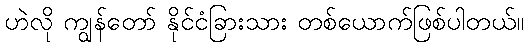
ဟဲလို ကျွန်တော် နိုင်ငံခြားသား တစ်ယောက်ဖြစ်ပါတယ်။